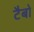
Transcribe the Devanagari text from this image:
टैबो